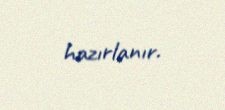
hazırlanır.